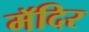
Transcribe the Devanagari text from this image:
मॅदिर